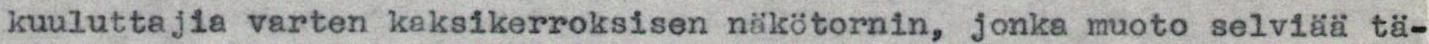
kuuluttajia varten kaksikerroksisen näkötornin, jonka muoto selviää tä-